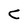
Character: C